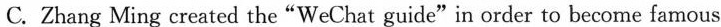
step-by-step guide explains how to send messages，take pictures and make